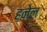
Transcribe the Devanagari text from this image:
हनेल